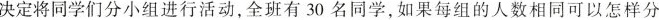
决定将同学们分小组进行活动，全班有30名同学，如果每组的人数相同可以怎样分